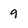
Character: 9